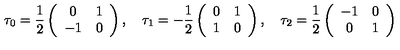
\tau _ { 0 } = \frac 1 2 \left( \begin{array} { c c } { 0 } & { 1 } \\ { - 1 } & { 0 } \\ \end{array} \right) , \quad \tau _ { 1 } = - \frac 1 2 \left( \begin{array} { c c } { 0 } & { 1 } \\ { 1 } & { 0 } \\ \end{array} \right) , \quad \tau _ { 2 } = \frac 1 2 \left( \begin{array} { c c } { - 1 } & { 0 } \\ { 0 } & { 1 } \\ \end{array} \right) \,